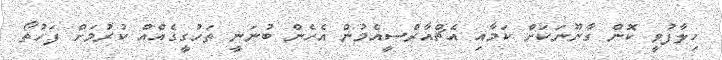
ހިލާފުވީ ކޮން ގާނޫނަކަށް ކަމާއި އެޗްއާރްސީއެމުން އެހެން ބުނަނީ ތަހުގީގެއްއް ކުރުމަށް ފަހުތޯ